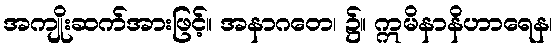
အကျိုးဆက်အားဖြင့်။ အနာဂတေ၊ ၌။ ဣမိနာနိဟာရေန၊